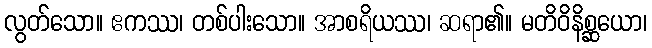
လွတ်သော။ ဧကဿ၊ တစ်ပါးသော။ အာစရိယဿ၊ ဆရာ၏။ မတိဝိနိစ္ဆယော၊